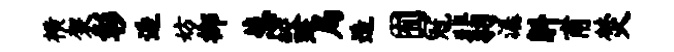
横袈彰逅妨榔葱鲛斑局造囿冠翡潺斛甫焚